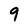
Character: 9